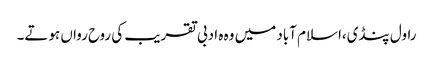
راول پنڈی،اسلام آباد میں وہ ہ ادبی تقریب کی روح رواں ہوتے۔